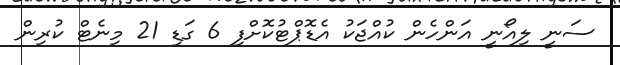
ސަނީ ލިއޯނީ އަންހެން ކުއްޖަކު އެޑޮޕްޓުކޮށްފި 6 ގަޑި 21 މިނެޓް ކުރިން